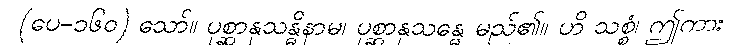
(ပေ-၁၆၀) သော်။ ပုစ္ဆာနုသန္ဓိနာမ၊ ပုစ္ဆာနုသန္ဓေ မည်၏။ ဟိ သစ္စံ၊ ဤကား